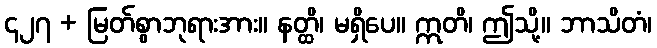
၄၂၇ + မြတ်စွာဘုရားအား။ နတ္ထိ၊ မရှိပေ။ ဣတိ၊ ဤသို့။ ဘာသိတံ၊